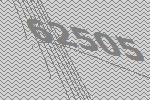
62505